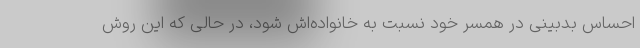
احساس بدبینی در همسر خود نسبت به خانواده‌اش شود، در حالی که این روش